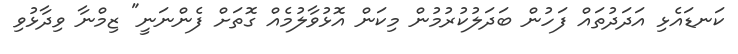
ކަނޑައެޅި އަދަދުތައް ފަހުން ބަދަލުކުރުމުން މިކަން އޮޅުވާލުމެއް ގޮތަށް ފެންނަނީ" ޒިމްނާ ވިދާޅުވި